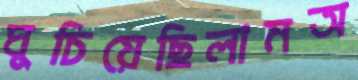
ঘুচিয়েছিলামঅ